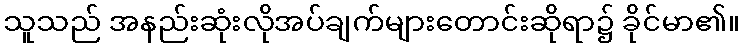
သူသည် အနည်းဆုံးလိုအပ်ချက်များတောင်းဆိုရာ၌ ခိုင်မာ၏။